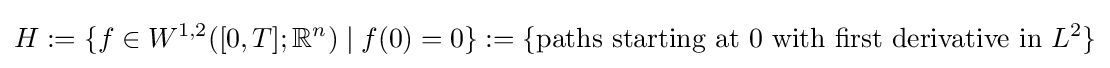
H:=\{f\in W^{1,2}([0,T];\mathbb {R} ^{n})\;|\;f(0)=0\}:=\{{\text{paths starting at 0 with first derivative in }}L^{2}\}